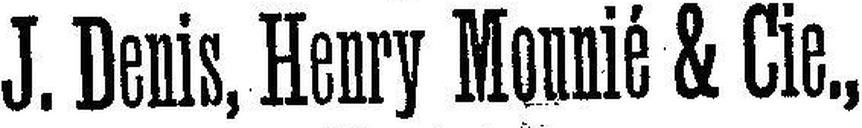
J. Denis, Henry Mounié & Cie.,